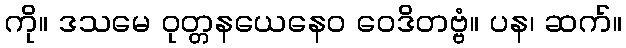
ကို။ ဒသမေ ဝုတ္တနယေနေဝ ဝေဒိတဗ္ဗံ။ ပန၊ ဆက်။